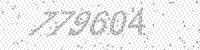
Solution: 779604